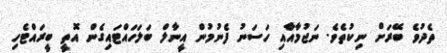
ތެދުވެ ބޭރަށް ނިކުތެވެ. ނަޖުމާއާއި ހަސަނު ފެނުމުން އީނާލް ބަލަހައްޓައިގެން އޮތީ ބީރައްޓެހި